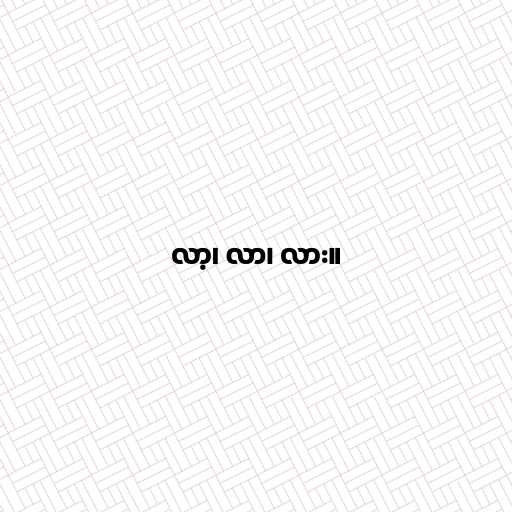
လာ့၊ လာ၊ လား။